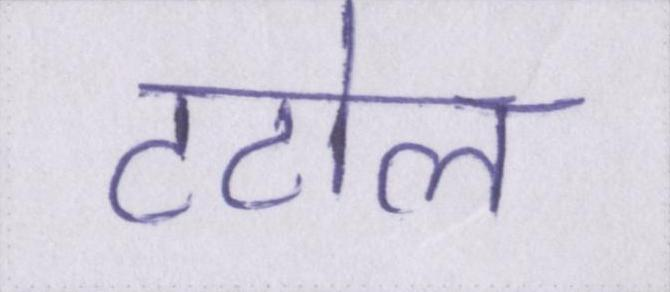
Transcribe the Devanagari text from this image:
टटोल